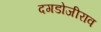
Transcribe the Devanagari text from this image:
दगडोजीराव